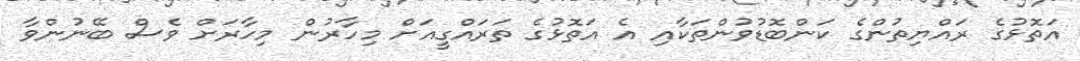
އަތޮޅުގެ ރައްޔިތުންގެ ކަންބޮޑުވުންތަކާއި އެ އަތޮޅުގެ ތަރައްގީއަށް މިހާރުން މިހާރަށް ވެސް ބޭނުންވާ